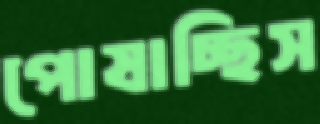
পোষাচ্ছিস